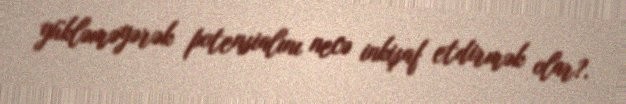
yükləməyərək potensialını necə inkişaf etdirmək olar?.